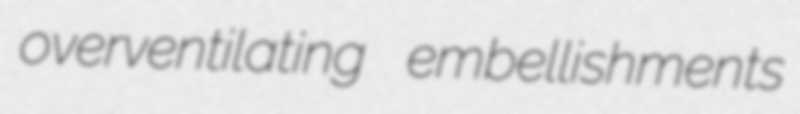
overventilating embellishments